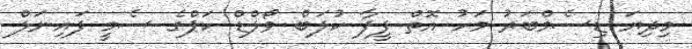
މިދިޔަ ޑިސެމްބަރު މަހު އޮތް ފީފާ ކުލަބް ވޯލްޑް ކަޕްގެ ސެމީ ފައިނަލް